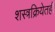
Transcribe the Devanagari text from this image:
शस्त्रक्रियेतही